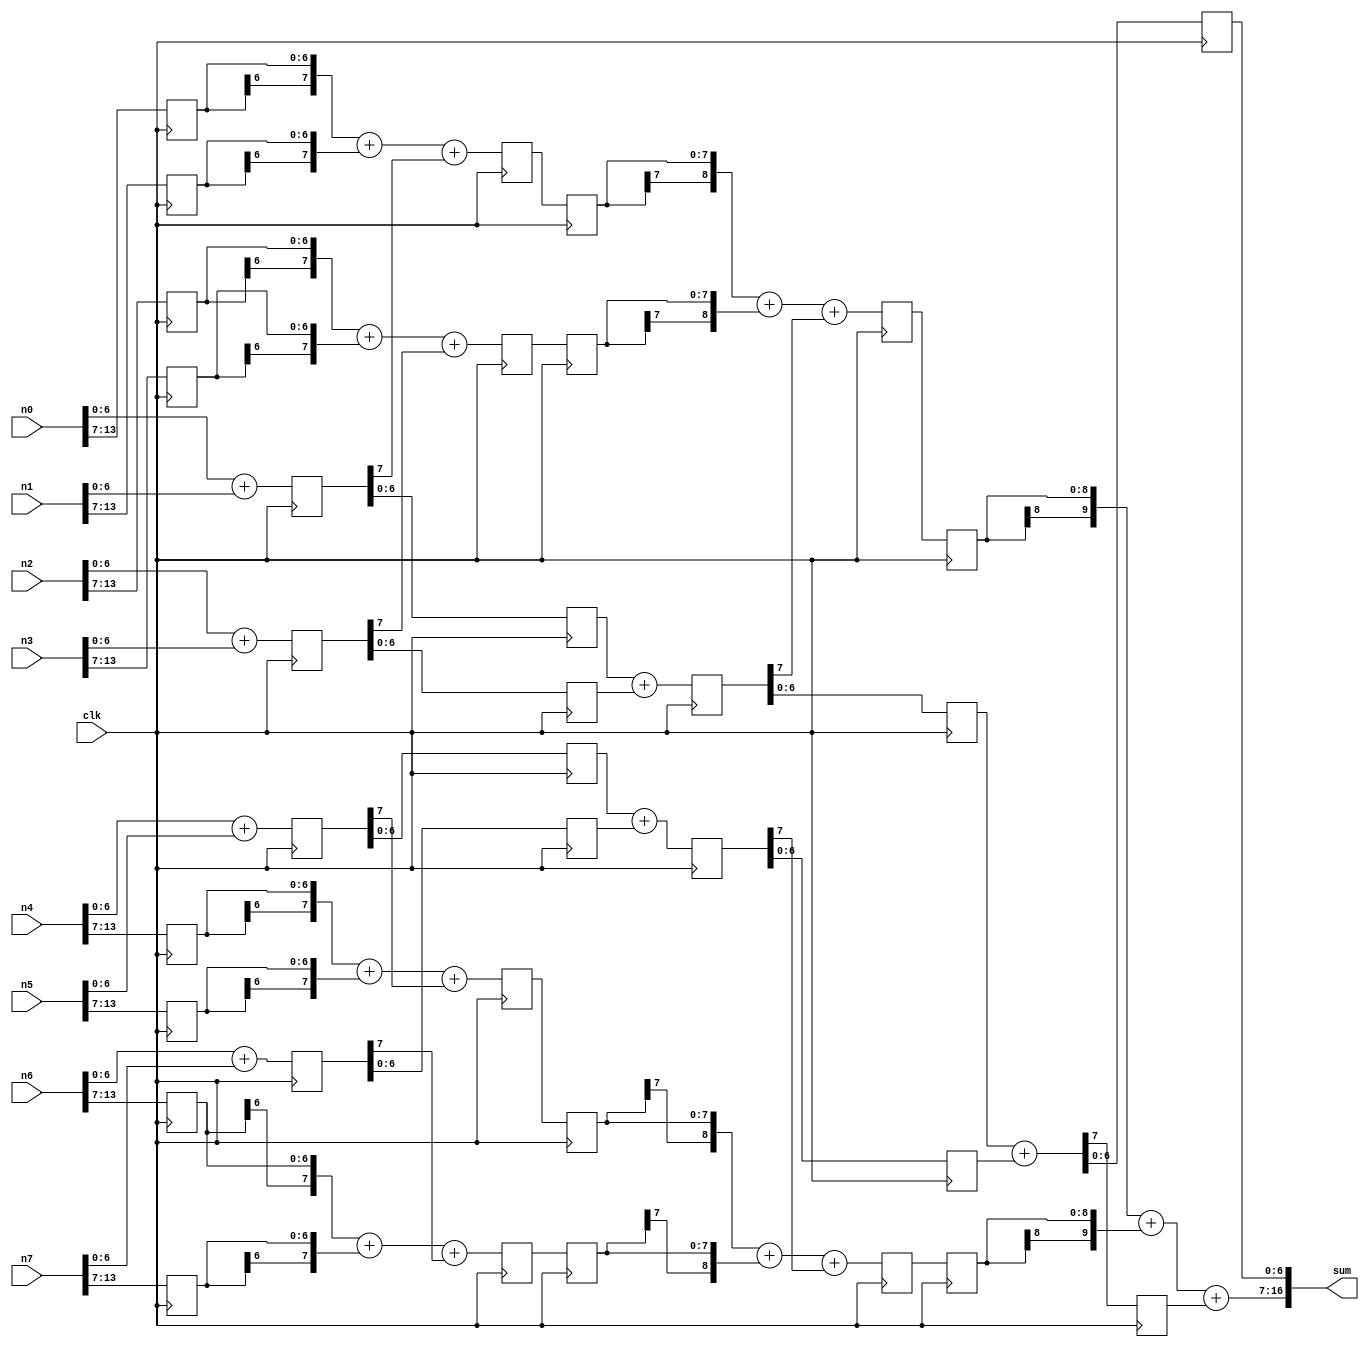
`timescale 1ns / 1ps

module Adder14rs ( clk, 
n0, 
n1, 
n2, 
n3, 
n4, 
n5, 
n6, 
n7, 
sum 
 ) ; 
input clk ; 
input [13:0] n0 ; 
input [13:0] n1 ; 
input [13:0] n2 ; 
input [13:0] n3 ; 
input [13:0] n4 ; 
input [13:0] n5 ; 
input [13:0] n6 ; 
input [13:0] n7 ; 
output [16:0] sum ; 
wire [7:0] s00_lsb ; 
wire [7:0] s01_lsb ; 
wire [7:0] s02_lsb ; 
wire [7:0] s03_lsb ; 
wire [7:0] s00_msb ; 
wire [7:0] s01_msb ; 
wire [7:0] s02_msb ; 
wire [7:0] s03_msb ; 
wire [7:0] s10_lsb ; 
wire [7:0] s11_lsb ; 
wire [8:0] s10_msb ; 
wire [8:0] s11_msb ; 
wire [7:0] s20_lsb ; 
reg [13:7] n0_reg1 ; 
reg [13:7] n1_reg1 ; 
reg [13:7] n2_reg1 ; 
reg [13:7] n3_reg1 ; 
reg [13:7] n4_reg1 ; 
reg [13:7] n5_reg1 ; 
reg [13:7] n6_reg1 ; 
reg [13:7] n7_reg1 ; 
reg [7:0] s00_lsbreg1 ; 
reg [7:0] s01_lsbreg1 ; 
reg [7:0] s02_lsbreg1 ; 
reg [7:0] s03_lsbreg1 ; 
reg [7:0] s00_msbreg2 ; 
reg [7:0] s01_msbreg2 ; 
reg [7:0] s02_msbreg2 ; 
reg [7:0] s03_msbreg2 ; 
reg [6:0] s00_lsbreg2 ; 
reg [6:0] s01_lsbreg2 ; 
reg [6:0] s02_lsbreg2 ; 
reg [6:0] s03_lsbreg2 ; 
reg [7:0] s10_lsbreg3 ; 
reg [7:0] s11_lsbreg3 ; 
reg [7:0] s00_msbreg3 ; 
reg [7:0] s01_msbreg3 ; 
reg [7:0] s02_msbreg3 ; 
reg [7:0] s03_msbreg3 ; 
reg [8:0] s10_lsbreg4 ; 
reg [8:0] s11_lsbreg4 ; 
reg [8:0] s10_msbreg4 ; 
reg [8:0] s11_msbreg4 ; 
reg [8:0] s10_msbreg5 ; 
reg [8:0] s11_msbreg5 ; 
reg s20_lsbreg5cy ; 
reg [6:0] s20_lsbreg5 ; 
// First Stage Addition 
assign s00_lsb[7:0] = n0[6:0]+n1[6:0] ; 
// Add lsb first - s00_lsb[7] is the carry 
assign s01_lsb[7:0] = n2[6:0]+n3[6:0] ; 
// n0-n7 lsb need not be registered since addition is already carried out here. 
assign s02_lsb[7:0] = n4[6:0]+n5[6:0] ; 
assign s03_lsb[7:0] = n6[6:0]+n7[6:0] ; 
always @ (posedge clk) 
// Pipeline 1: clk (1). Register msb to continue 
// addition of msb. 
begin 
 n0_reg1[13:7] <= n0[13:7] ; 
 // Preserve all inputs for msb addition during the clk(2). 
 n1_reg1[13:7] <= n1[13:7] ; 
 n2_reg1[13:7] <= n2[13:7] ; 
 n3_reg1[13:7] <= n3[13:7] ; 
 n4_reg1[13:7] <= n4[13:7] ; 
 n5_reg1[13:7] <= n5[13:7] ; 
 n6_reg1[13:7] <= n6[13:7] ; 
 n7_reg1[13:7] <= n7[13:7] ; 
 s00_lsbreg1[7:0] <= s00_lsb[7:0] ; 
// Preserve all lsb sum. s00_lsbreg1[7] is the registered carry from lsb addition. 
 s01_lsbreg1[7:0] <= s01_lsb[7:0] ; 
 s02_lsbreg1[7:0] <= s02_lsb[7:0] ; 
 s03_lsbreg1[7:0] <= s03_lsb[7:0] ; 
end 
// Sign extended & msb added with carry. 
assign s00_msb[7:0] = {n0_reg1[13], n0_reg1[13:7]}+ 
 {n1_reg1[13], n1_reg1[13:7]}+s00_lsbreg1[7]; 
//s00_msb[6] is ignored. 
assign s01_msb[7:0] = {n2_reg1[13], n2_reg1[13:7]}+{n3_reg1[13], n3_reg1[13:7]}+s01_lsbreg1[7]; 
assign s02_msb[7:0] = {n4_reg1[13], n4_reg1[13:7]}+ {n5_reg1[13], n5_reg1[13:7]}+s02_lsbreg1[7]; 
assign s03_msb[7:0] = {n6_reg1[13], n6_reg1[13:7]}+ {n7_reg1[13], n7_reg1[13:7]}+s03_lsbreg1[7]; 
always @ (posedge clk) 
// Pipeline 2: clk (2). Register msb to continue addition of msb. 
begin 
 s00_msbreg2[7:0] <= s00_msb[7:0] ; // Preserve all msb sum. 
 s01_msbreg2[7:0] <= s01_msb[7:0] ; 
 s02_msbreg2[7:0] <= s02_msb[7:0] ; 
 s03_msbreg2[7:0] <= s03_msb[7:0] ; 
 s00_lsbreg2[6:0] <= s00_lsbreg1[6:0] ; // Preserve all lsb sum. 
 s01_lsbreg2[6:0] <= s01_lsbreg1[6:0] ; 
 s02_lsbreg2[6:0] <= s02_lsbreg1[6:0] ; 
 s03_lsbreg2[6:0] <= s03_lsbreg1[6:0] ; 
end 
// Second Stage Addition 
assign s10_lsb[7:0] = s00_lsbreg2[6:0]+s01_lsbreg2[6:0] ; 
 //Add lsb first : s10_lsb[7] is the carry. 
assign s11_lsb[7:0] = s02_lsbreg2[6:0] +s03_lsbreg2[6:0] ; 
 //s00, s01 lsbs need not be registered 
 //since addition is already carried out here. 
always @ (posedge clk) 
// Pipeline 3: clk (3). Register msb to continue addition of msb. 
begin 
 s10_lsbreg3[7:0] <= s10_lsb[7:0] ; // Preserve all lsb sum. 
 s11_lsbreg3[7:0] <= s11_lsb[7:0] ; 
 s00_msbreg3[7:0] <= s00_msbreg2[7:0] ;
 // Preserve all msb sum. 
 s01_msbreg3[7:0] <= s01_msbreg2[7:0] ; 
 s02_msbreg3[7:0] <= s02_msbreg2[7:0] ; 
 s03_msbreg3[7:0] <= s03_msbreg2[7:0] ; 
end 
assign s10_msb[8:0] = {s00_msbreg3[7], s00_msbreg3[7:0]}+{s01_msbreg3[7], s01_msbreg3[7:0]}+s10_lsbreg3[7] ; 
// Add MSB of second stage with sign extension and carry in from LSB. 
// s10_msb[7] is ignored. 
assign s11_msb[8:0] = {s02_msbreg3[7], s02_msbreg3[7:0]}+ {s03_msbreg3[7], s03_msbreg3[7:0]}+ s11_lsbreg3[7] ; 
always @ (posedge clk) 
// Pipeline 4: clk (4). Register msb to continue addition of msb. 
begin 
 s10_lsbreg4[6:0] <= s10_lsbreg3[6:0] ; // Preserve all lsb sum. 
 s11_lsbreg4[6:0] <= s11_lsbreg3[6:0] ; 
 s10_msbreg4[8:0] <= s10_msb[8:0] ; // Preserve all msb sum. 
 s11_msbreg4[8:0] <= s11_msb[8:0] ; 
end 
// Third Stage Addition 
assign s20_lsb[7:0] = s10_lsbreg4[6:0]+ s11_lsbreg4[6:0] ; 
 //Add lsb first : s20_lsb[7] is the carry. 
always @ (posedge clk) 
// Pipeline 5: clk (5). Register msb to continue addition of msb. 
begin 
 s10_msbreg5[8:0] <= s10_msbreg4[8:0]; //Preserve all msb sum. 
 s11_msbreg5[8:0] <= s11_msbreg4[8:0] ; 
 s20_lsbreg5cy <= s20_lsb[7]; // Preserve all lsb sum. 
 s20_lsbreg5[6:0] <= s20_lsb[6:0]; 
end 
// Add third stage MSB results and concatenate 
// with LSB result to get the final result. 
assign sum[16:0] = {({s10_msbreg5[8], s10_msbreg5[8:0]}+{s11_msbreg5[8], s11_msbreg5[8:0]}+ s20_lsbreg5cy), s20_lsbreg5[6:0]}; 
endmodule